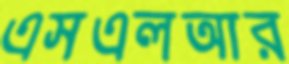
এসএলআর